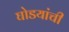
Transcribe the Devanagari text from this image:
घोडयांची